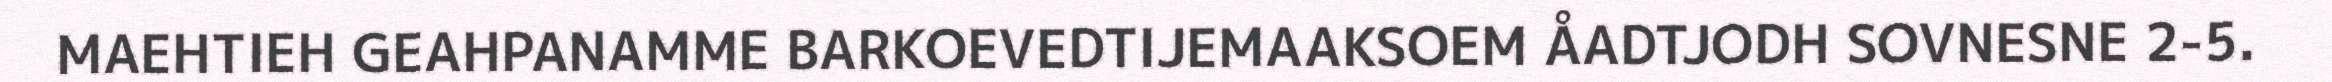
MAEHTIEH GEAHPANAMME BARKOEVEDTIJEMAAKSOEM ÅADTJODH SOVNESNE 2-5.